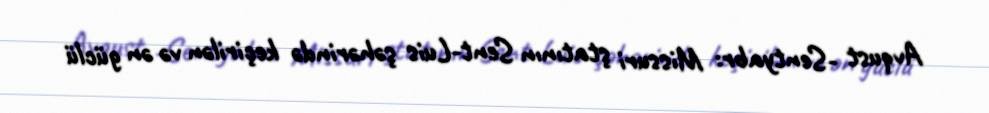
Avqust -Sentyabr: Missuri ştatının Sent-Luis şəhərində keçirilən və ən güclü